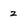
Character: z